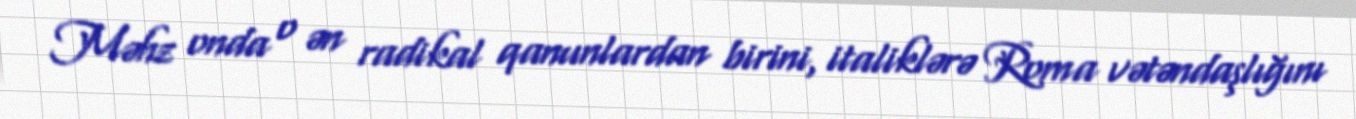
Məhz onda o ən radikal qanunlardan birini, italiklərə Roma vətəndaşlığını